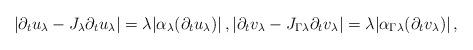
LaTeX: \begin{align*} |\partial_t u_\lambda - J_\lambda\partial_t u_\lambda|=\lambda|\alpha_\lambda(\partial_t u_\lambda)|\,, |\partial_t v_\lambda - J_{\Gamma\lambda}\partial_t v_\lambda|=\lambda|\alpha_{\Gamma\lambda}(\partial_t v_\lambda)|\,,\end{align*}